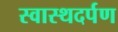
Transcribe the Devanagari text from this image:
स्वास्थदर्पण